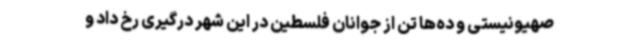
صهیونیستی و ده‌ها تن از جوانان فلسطین در این شهر درگیری رخ داد و